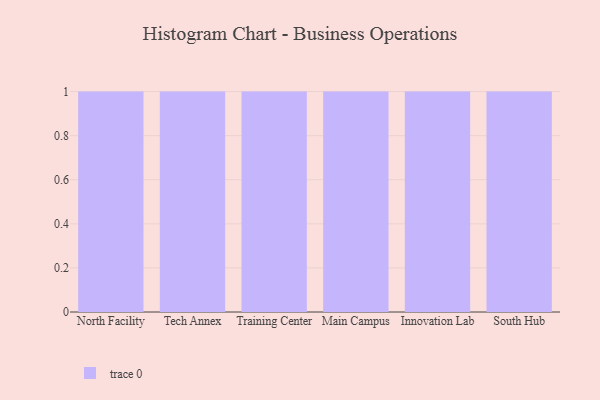
{"axis": {"x": "Campus", "y": "Website Visitors"}, "legend": [""], "data": [{"x": "North Facility", "y": 90, "type": ""}, {"x": "Tech Annex", "y": 64, "type": ""}, {"x": "Training Center", "y": 89, "type": ""}, {"x": "Main Campus", "y": 51, "type": ""}, {"x": "Innovation Lab", "y": 3, "type": ""}, {"x": "South Hub", "y": 10, "type": ""}]}